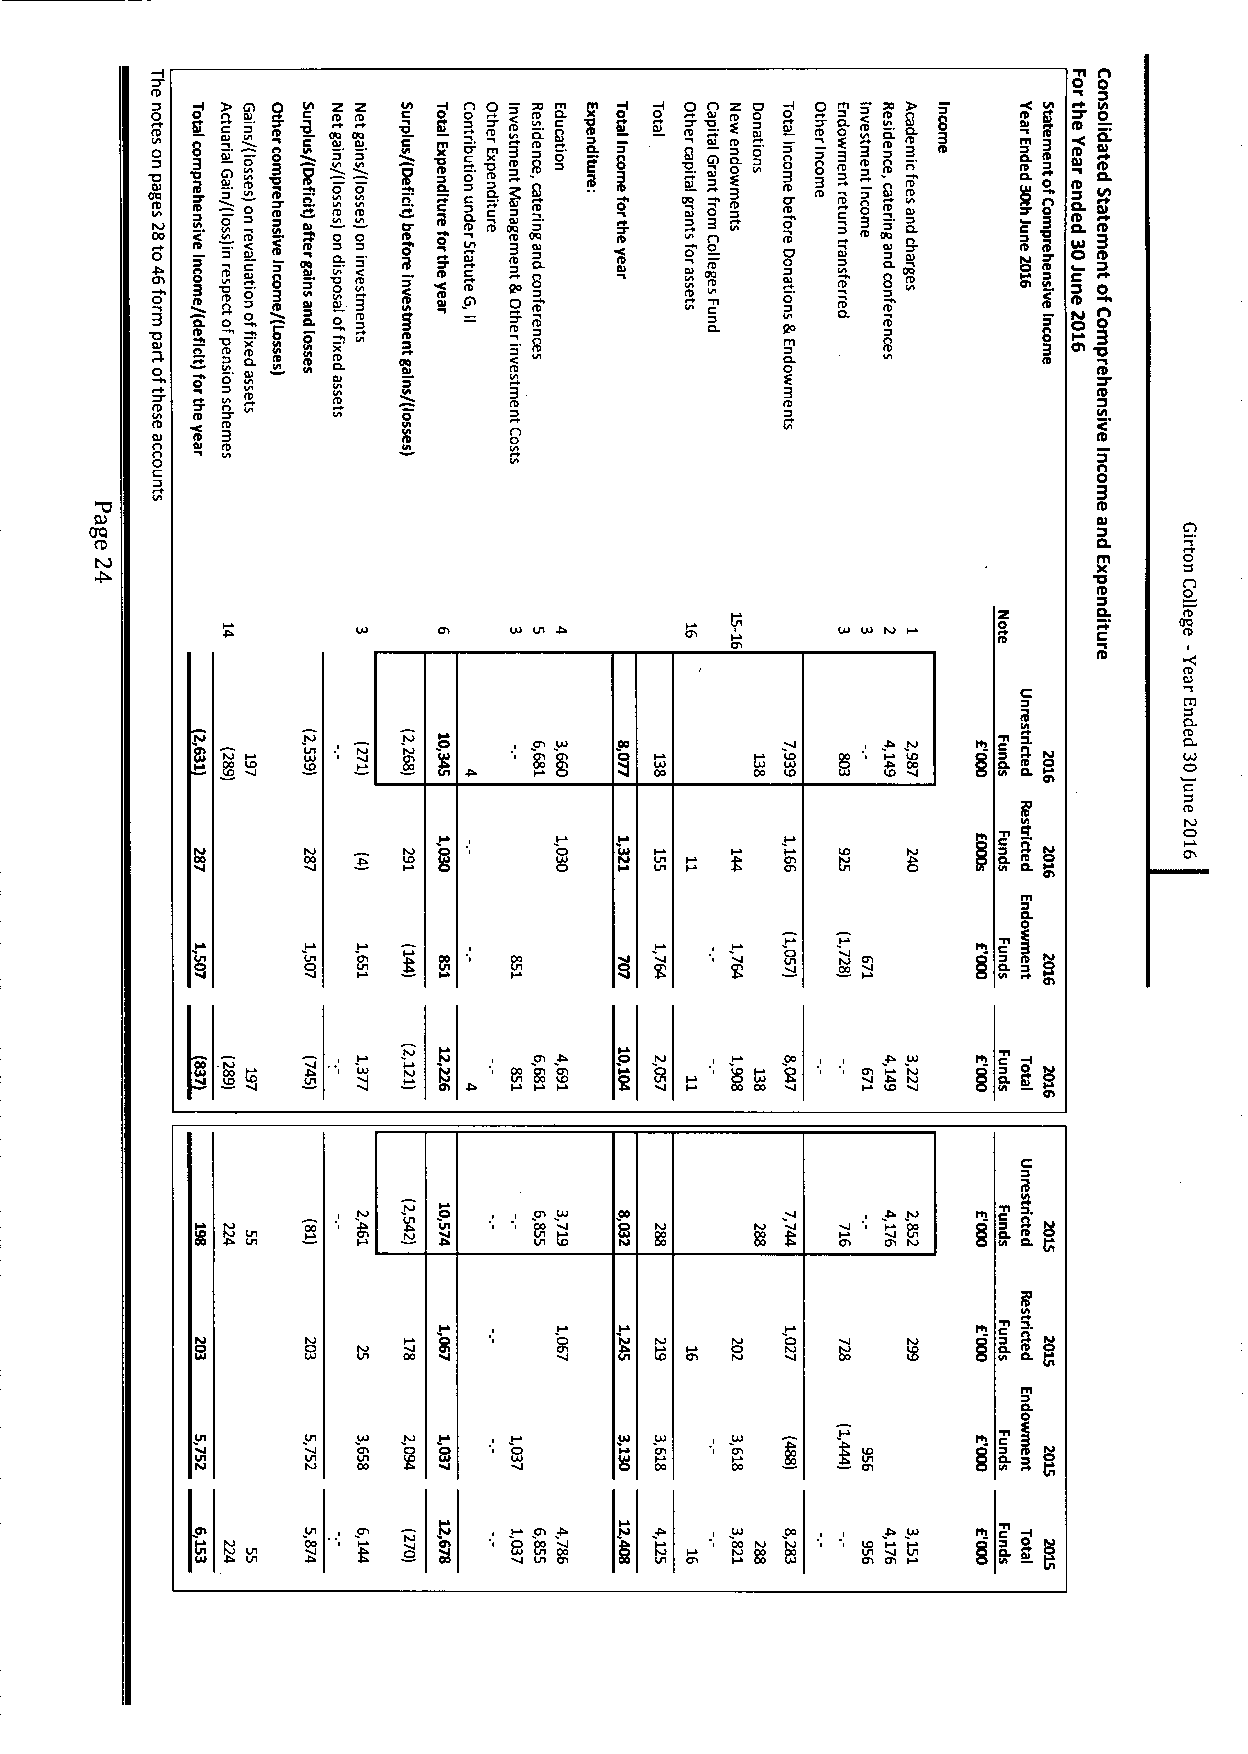
0 0
 Ot 00
 0 D I O
 0tD
 D D V Ol 8 3 I tC
 DDI 0
 O 0 t &/l nJ
 G
 t 0 t II V 0 t/ / D/ DI l l
 l)
 n0 3 l V IA D
 O2 I
 O 0
 0D
 D l
 OI D2
 0
 0D
 Q l
 'V0 a0
 V 0 0 I
 0DI g
 I OD . 0 I 0 C C VL: I'
 5
 e
 e- o(
 I u 3 I D e 3D qD I DO Q Q e D0D l. 0 CL 'CID
 0 O0
 D D ~ 0Dl l
 DA D
 O n
 03l
 O0
 3Z
 .
 C0
 D
 0lI 0
 n0 3 e 0 I 0D I I Q ID D
 O0 em
 3
 0. e
 E 3 n ID/l to8 ID q e 3 n'
 8
 3 ID  Ce ~0
 ee
 I -l Ll I
 nV g
 I3 3DD
 !l
 e e I C
 IoI/ DDT
 JL J R t eQ R e ~ E
 3V0 DJl
 I.
 C 0 2T II n0 I3 C I nD DL DI l e O InD
 D
 D C 0 xJ DC I O O Jl tlL l, I( D 'C/Z I IT D D O 0J I ~ Q I0 —D D 8 te 80 D I DD l I ID II OI I OD Da . 0 Q mo O e I ODl . O n0 e n tD. 8C e o
 Ch
 ~T0 $T
 0    O' 5 Vl I CD L O ID D ID             C0L                  CD
 Vel   CU          3                 3                    ID
 ID   n                  ID
 e
 Dnl
 'C
 ID
 t 2D               A0                                     eC
 n  Dl ID
 0
 0
 3
 CL
 m    0
 'D0C
 e    0
 0Z     CL   QI DD
 e      C    ID
 tD
 O
 TJ       4    CD    5 Rh VJ OO               II DV 0 0.        IJJ
 CVOJ IJO              m                  W  VJ                 C&
 '0Tl        C)
 W DJ                     CL IOV      Ch
 CTI
 m
 4         0
 Vl                              C VJ l IV
 CO                                            CL
 CD                 VJ
 0'Tl
 gV Il IW
 J OL
 N
 TVJ
 N
 O I/I.
 CJ    CTI IJJ                  IV    a
 IJl
 W t8                 Ctl Ch IV CL
 0
 TJ                          hi
 WCJ                      C7\ O IV             CL
 m
 I4/l   Vl            I                               Z
 C)            Ql
 V DJl  V hJl         W             I OO              CL /T g
 Vl            85Cn4JL                  JL W  m L
 4W Vl ~ JL4        VWal                   lO M g   CL